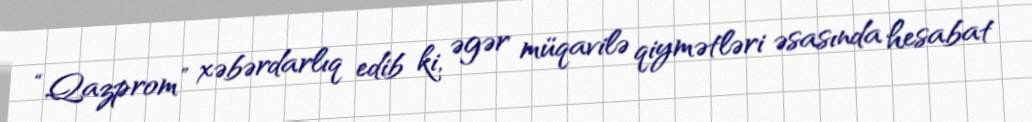
“Qazprom” xəbərdarlıq edib ki, əgər müqavilə qiymətləri əsasında hesabat